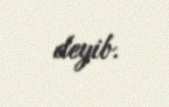
deyib.